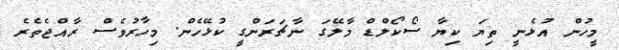
މީހުން އުޅެނީ ތިޔަ ކިޔާ ސޯކޯލްޑް މާލޭގަ ނާޗަރަންގީ ކުޅޭހެން. މިހާރުވެސް ރާއްޖެތެރެ